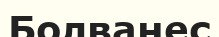
Болванес